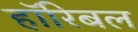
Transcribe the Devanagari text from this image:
हॉरिबल